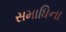
સમાધિના